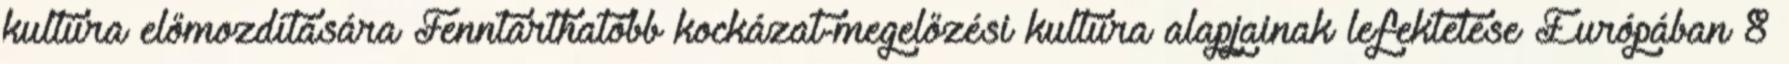
kultúra előmozdítására Fenntarthatóbb kockázat-megelőzési kultúra alapjainak lefektetése Európában 8